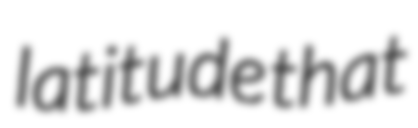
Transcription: latitude that